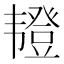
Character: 𫖖